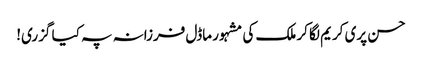
حسن پری کریم لگا کر ملک کی مشہور ماڈل فرزانہ پہ کیا گزری!